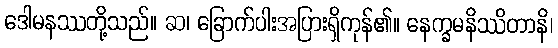
ဒေါမနဿတို့သည်။ ဆ၊ ခြောက်ပါးအပြားရှိကုန်၏။ နေက္ခမနိဿိတာနိ၊